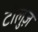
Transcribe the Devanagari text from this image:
टोलुज़